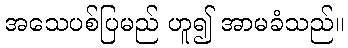
အသေပစ်ပြမည် ဟူ၍ အာမခံသည်။